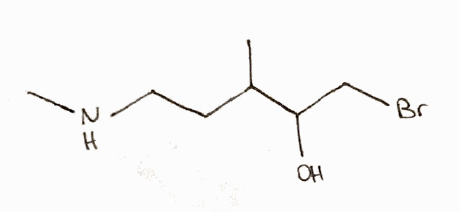
Simplified molecular-input line-entry system (SMILES) notation of the given molecule:
CC(CCNC)C(CBr)O